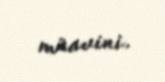
müavini.